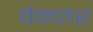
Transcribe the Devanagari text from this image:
वेन्जर